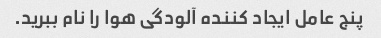
پنج عامل ایجاد کننده آلودگی هوا را نام ببرید.